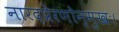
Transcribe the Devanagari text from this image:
नारदप्रेरणोन्मुखः।